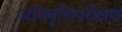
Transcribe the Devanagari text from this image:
अभिवृत्तिपरीक्षण